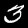
Label: 3